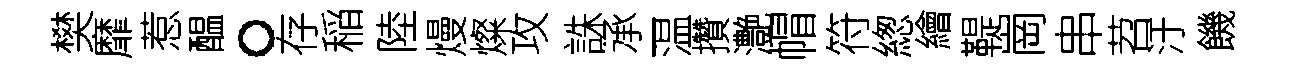
樊靡惹醖。存稲陸熳燦攻誅承一温攢灔帽符緫繪鞮崗串苕汙饑